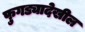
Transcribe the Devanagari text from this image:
फुगड्यादेखील